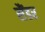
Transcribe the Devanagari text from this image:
सैंडर